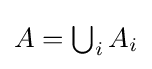
{\textstyle A=\bigcup _{i}A_{i}}